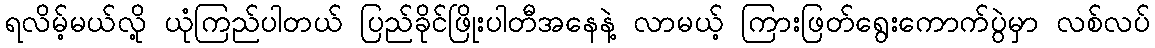
ရလိမ့်မယ်လို့ ယုံကြည်ပါတယ် ပြည်ခိုင်ဖြိုးပါတီအနေနဲ့ လာမယ့် ကြားဖြတ်ရွေးကောက်ပွဲမှာ လစ်လပ်